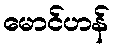
မောင်ဟန်